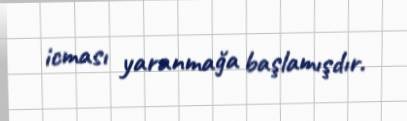
icması yaranmağa başlamışdır.